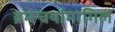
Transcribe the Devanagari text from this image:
ब्रम्ह्चर्यामागिल